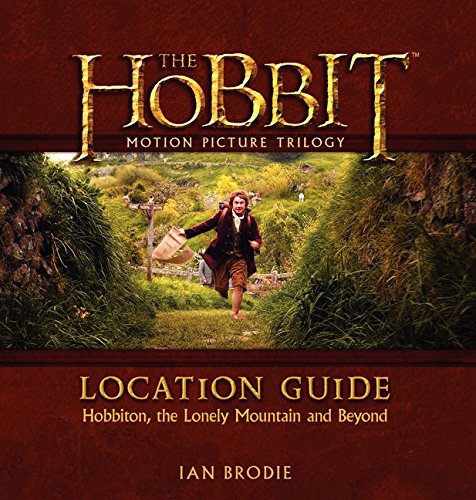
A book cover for The Hobbit Motion Picture Trilogy Location Guide: Hobbiton, the Lonely Mountain and Beyond; Ian Brodie; Humor & Entertainment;